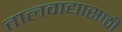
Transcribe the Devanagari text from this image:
तालवाद्यासाठी